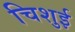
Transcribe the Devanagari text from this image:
चिशुई